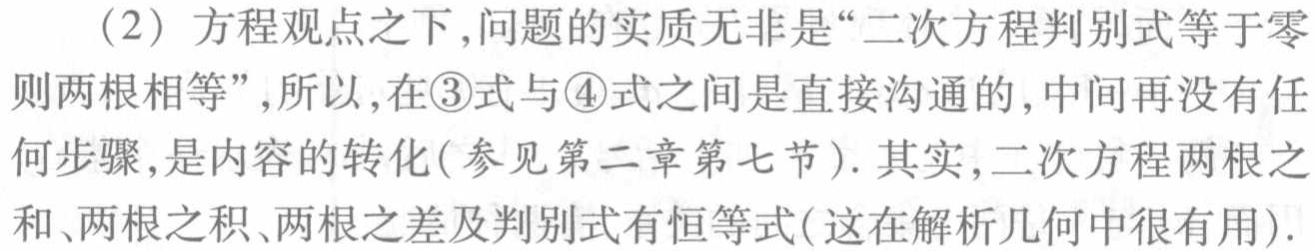
（2）方程观点之下,问题的实质无非是“二次方程判别式等于零则两根相等”,所以,在\textcircled{3}式与\textcircled{4}式之间是直接沟通的,中间再没有任何步骤,是内容的转化(参见第二章第七节). 其实,二次方程两根之和、两根之积、两根之差及判别式有恒等式(这在解析几何中很有用).